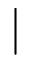
|